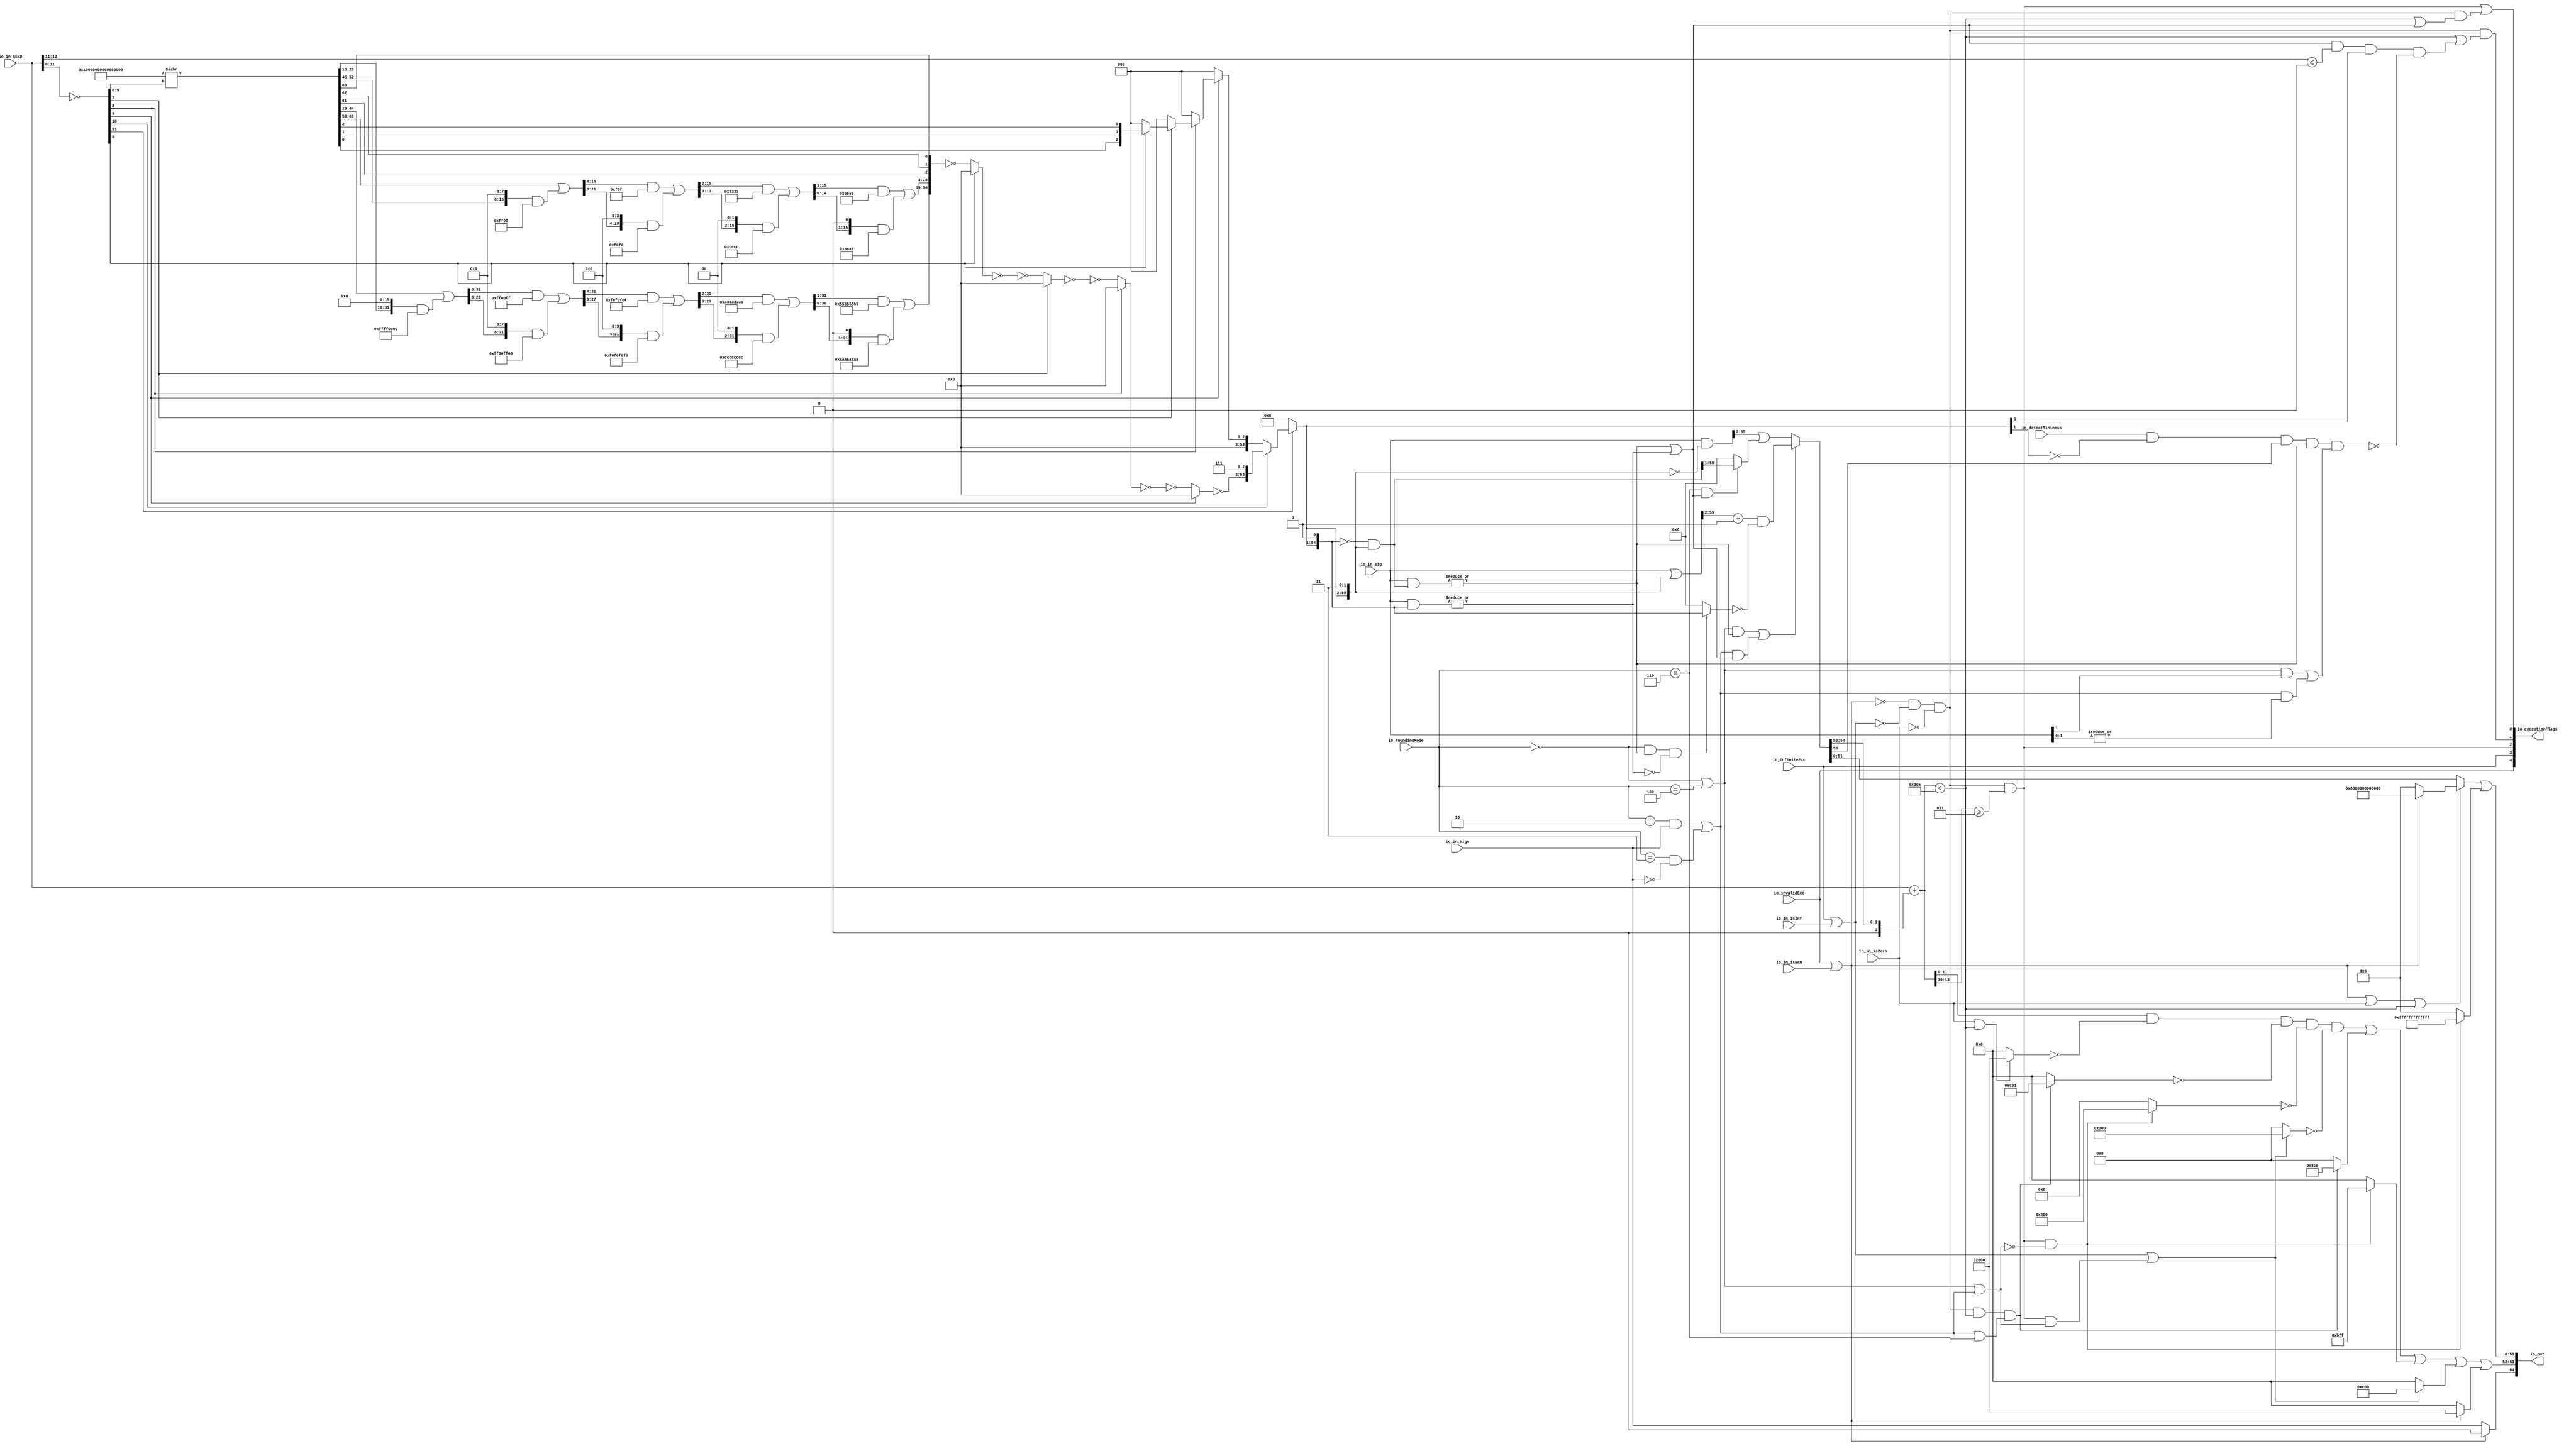
module RoundAnyRawFNToRecFN_9(
  input         io_invalidExc,
  input         io_infiniteExc,
  input         io_in_isNaN,
  input         io_in_isInf,
  input         io_in_isZero,
  input         io_in_sign,
  input  [12:0] io_in_sExp,
  input  [55:0] io_in_sig,
  input  [2:0]  io_roundingMode,
  input         io_detectTininess,
  output [64:0] io_out,
  output [4:0]  io_exceptionFlags
);
  wire  roundingMode_near_even = io_roundingMode == 3'h0; // @[RoundAnyRawFNToRecFN.scala 88:53]
  wire  roundingMode_min = io_roundingMode == 3'h2; // @[RoundAnyRawFNToRecFN.scala 90:53]
  wire  roundingMode_max = io_roundingMode == 3'h3; // @[RoundAnyRawFNToRecFN.scala 91:53]
  wire  roundingMode_near_maxMag = io_roundingMode == 3'h4; // @[RoundAnyRawFNToRecFN.scala 92:53]
  wire  roundingMode_odd = io_roundingMode == 3'h6; // @[RoundAnyRawFNToRecFN.scala 93:53]
  wire  roundMagUp = roundingMode_min & io_in_sign | roundingMode_max & ~io_in_sign; // @[RoundAnyRawFNToRecFN.scala 96:42]
  wire [11:0] _roundMask_T_1 = ~io_in_sExp[11:0]; // @[primitives.scala 51:21]
  wire  roundMask_msb = _roundMask_T_1[11]; // @[primitives.scala 57:25]
  wire [10:0] roundMask_lsbs = _roundMask_T_1[10:0]; // @[primitives.scala 58:26]
  wire  roundMask_msb_1 = roundMask_lsbs[10]; // @[primitives.scala 57:25]
  wire [9:0] roundMask_lsbs_1 = roundMask_lsbs[9:0]; // @[primitives.scala 58:26]
  wire  roundMask_msb_2 = roundMask_lsbs_1[9]; // @[primitives.scala 57:25]
  wire [8:0] roundMask_lsbs_2 = roundMask_lsbs_1[8:0]; // @[primitives.scala 58:26]
  wire  roundMask_msb_3 = roundMask_lsbs_2[8]; // @[primitives.scala 57:25]
  wire [7:0] roundMask_lsbs_3 = roundMask_lsbs_2[7:0]; // @[primitives.scala 58:26]
  wire  roundMask_msb_4 = roundMask_lsbs_3[7]; // @[primitives.scala 57:25]
  wire [6:0] roundMask_lsbs_4 = roundMask_lsbs_3[6:0]; // @[primitives.scala 58:26]
  wire  roundMask_msb_5 = roundMask_lsbs_4[6]; // @[primitives.scala 57:25]
  wire [5:0] roundMask_lsbs_5 = roundMask_lsbs_4[5:0]; // @[primitives.scala 58:26]
  wire [64:0] roundMask_shift = 65'sh10000000000000000 >>> roundMask_lsbs_5; // @[primitives.scala 77:58]
  wire [31:0] _roundMask_T_7 = {{16'd0}, roundMask_shift[44:29]}; // @[Bitwise.scala 103:31]
  wire [31:0] _roundMask_T_9 = {roundMask_shift[28:13], 16'h0}; // @[Bitwise.scala 103:65]
  wire [31:0] _roundMask_T_11 = _roundMask_T_9 & 32'hffff0000; // @[Bitwise.scala 103:75]
  wire [31:0] _roundMask_T_12 = _roundMask_T_7 | _roundMask_T_11; // @[Bitwise.scala 103:39]
  wire [31:0] _GEN_0 = {{8'd0}, _roundMask_T_12[31:8]}; // @[Bitwise.scala 103:31]
  wire [31:0] _roundMask_T_17 = _GEN_0 & 32'hff00ff; // @[Bitwise.scala 103:31]
  wire [31:0] _roundMask_T_19 = {_roundMask_T_12[23:0], 8'h0}; // @[Bitwise.scala 103:65]
  wire [31:0] _roundMask_T_21 = _roundMask_T_19 & 32'hff00ff00; // @[Bitwise.scala 103:75]
  wire [31:0] _roundMask_T_22 = _roundMask_T_17 | _roundMask_T_21; // @[Bitwise.scala 103:39]
  wire [31:0] _GEN_1 = {{4'd0}, _roundMask_T_22[31:4]}; // @[Bitwise.scala 103:31]
  wire [31:0] _roundMask_T_27 = _GEN_1 & 32'hf0f0f0f; // @[Bitwise.scala 103:31]
  wire [31:0] _roundMask_T_29 = {_roundMask_T_22[27:0], 4'h0}; // @[Bitwise.scala 103:65]
  wire [31:0] _roundMask_T_31 = _roundMask_T_29 & 32'hf0f0f0f0; // @[Bitwise.scala 103:75]
  wire [31:0] _roundMask_T_32 = _roundMask_T_27 | _roundMask_T_31; // @[Bitwise.scala 103:39]
  wire [31:0] _GEN_2 = {{2'd0}, _roundMask_T_32[31:2]}; // @[Bitwise.scala 103:31]
  wire [31:0] _roundMask_T_37 = _GEN_2 & 32'h33333333; // @[Bitwise.scala 103:31]
  wire [31:0] _roundMask_T_39 = {_roundMask_T_32[29:0], 2'h0}; // @[Bitwise.scala 103:65]
  wire [31:0] _roundMask_T_41 = _roundMask_T_39 & 32'hcccccccc; // @[Bitwise.scala 103:75]
  wire [31:0] _roundMask_T_42 = _roundMask_T_37 | _roundMask_T_41; // @[Bitwise.scala 103:39]
  wire [31:0] _GEN_3 = {{1'd0}, _roundMask_T_42[31:1]}; // @[Bitwise.scala 103:31]
  wire [31:0] _roundMask_T_47 = _GEN_3 & 32'h55555555; // @[Bitwise.scala 103:31]
  wire [31:0] _roundMask_T_49 = {_roundMask_T_42[30:0], 1'h0}; // @[Bitwise.scala 103:65]
  wire [31:0] _roundMask_T_51 = _roundMask_T_49 & 32'haaaaaaaa; // @[Bitwise.scala 103:75]
  wire [31:0] roundMask_hi = _roundMask_T_47 | _roundMask_T_51; // @[Bitwise.scala 103:39]
  wire [15:0] _roundMask_T_57 = {{8'd0}, roundMask_shift[60:53]}; // @[Bitwise.scala 103:31]
  wire [15:0] _roundMask_T_59 = {roundMask_shift[52:45], 8'h0}; // @[Bitwise.scala 103:65]
  wire [15:0] _roundMask_T_61 = _roundMask_T_59 & 16'hff00; // @[Bitwise.scala 103:75]
  wire [15:0] _roundMask_T_62 = _roundMask_T_57 | _roundMask_T_61; // @[Bitwise.scala 103:39]
  wire [15:0] _GEN_4 = {{4'd0}, _roundMask_T_62[15:4]}; // @[Bitwise.scala 103:31]
  wire [15:0] _roundMask_T_67 = _GEN_4 & 16'hf0f; // @[Bitwise.scala 103:31]
  wire [15:0] _roundMask_T_69 = {_roundMask_T_62[11:0], 4'h0}; // @[Bitwise.scala 103:65]
  wire [15:0] _roundMask_T_71 = _roundMask_T_69 & 16'hf0f0; // @[Bitwise.scala 103:75]
  wire [15:0] _roundMask_T_72 = _roundMask_T_67 | _roundMask_T_71; // @[Bitwise.scala 103:39]
  wire [15:0] _GEN_5 = {{2'd0}, _roundMask_T_72[15:2]}; // @[Bitwise.scala 103:31]
  wire [15:0] _roundMask_T_77 = _GEN_5 & 16'h3333; // @[Bitwise.scala 103:31]
  wire [15:0] _roundMask_T_79 = {_roundMask_T_72[13:0], 2'h0}; // @[Bitwise.scala 103:65]
  wire [15:0] _roundMask_T_81 = _roundMask_T_79 & 16'hcccc; // @[Bitwise.scala 103:75]
  wire [15:0] _roundMask_T_82 = _roundMask_T_77 | _roundMask_T_81; // @[Bitwise.scala 103:39]
  wire [15:0] _GEN_6 = {{1'd0}, _roundMask_T_82[15:1]}; // @[Bitwise.scala 103:31]
  wire [15:0] _roundMask_T_87 = _GEN_6 & 16'h5555; // @[Bitwise.scala 103:31]
  wire [15:0] _roundMask_T_89 = {_roundMask_T_82[14:0], 1'h0}; // @[Bitwise.scala 103:65]
  wire [15:0] _roundMask_T_91 = _roundMask_T_89 & 16'haaaa; // @[Bitwise.scala 103:75]
  wire [15:0] roundMask_hi_1 = _roundMask_T_87 | _roundMask_T_91; // @[Bitwise.scala 103:39]
  wire  roundMask_hi_2 = roundMask_shift[61]; // @[Bitwise.scala 109:18]
  wire  roundMask_lo = roundMask_shift[62]; // @[Bitwise.scala 109:44]
  wire  roundMask_lo_1 = roundMask_shift[63]; // @[Bitwise.scala 109:44]
  wire [50:0] _roundMask_T_94 = {roundMask_hi,roundMask_hi_1,roundMask_hi_2,roundMask_lo,roundMask_lo_1}; // @[Cat.scala 30:58]
  wire [50:0] _roundMask_T_95 = ~_roundMask_T_94; // @[primitives.scala 74:36]
  wire [50:0] _roundMask_T_96 = roundMask_msb_5 ? 51'h0 : _roundMask_T_95; // @[primitives.scala 74:21]
  wire [50:0] _roundMask_T_97 = ~_roundMask_T_96; // @[primitives.scala 74:17]
  wire [50:0] _roundMask_T_98 = ~_roundMask_T_97; // @[primitives.scala 74:36]
  wire [50:0] _roundMask_T_99 = roundMask_msb_4 ? 51'h0 : _roundMask_T_98; // @[primitives.scala 74:21]
  wire [50:0] _roundMask_T_100 = ~_roundMask_T_99; // @[primitives.scala 74:17]
  wire [50:0] _roundMask_T_101 = ~_roundMask_T_100; // @[primitives.scala 74:36]
  wire [50:0] _roundMask_T_102 = roundMask_msb_3 ? 51'h0 : _roundMask_T_101; // @[primitives.scala 74:21]
  wire [50:0] _roundMask_T_103 = ~_roundMask_T_102; // @[primitives.scala 74:17]
  wire [50:0] _roundMask_T_104 = ~_roundMask_T_103; // @[primitives.scala 74:36]
  wire [50:0] _roundMask_T_105 = roundMask_msb_2 ? 51'h0 : _roundMask_T_104; // @[primitives.scala 74:21]
  wire [50:0] roundMask_hi_4 = ~_roundMask_T_105; // @[primitives.scala 74:17]
  wire [53:0] _roundMask_T_106 = {roundMask_hi_4,3'h7}; // @[Cat.scala 30:58]
  wire  roundMask_hi_5 = roundMask_shift[0]; // @[Bitwise.scala 109:18]
  wire  roundMask_lo_4 = roundMask_shift[1]; // @[Bitwise.scala 109:44]
  wire  roundMask_lo_5 = roundMask_shift[2]; // @[Bitwise.scala 109:44]
  wire [2:0] _roundMask_T_109 = {roundMask_hi_5,roundMask_lo_4,roundMask_lo_5}; // @[Cat.scala 30:58]
  wire [2:0] _roundMask_T_110 = roundMask_msb_5 ? _roundMask_T_109 : 3'h0; // @[primitives.scala 61:24]
  wire [2:0] _roundMask_T_111 = roundMask_msb_4 ? _roundMask_T_110 : 3'h0; // @[primitives.scala 61:24]
  wire [2:0] _roundMask_T_112 = roundMask_msb_3 ? _roundMask_T_111 : 3'h0; // @[primitives.scala 61:24]
  wire [2:0] _roundMask_T_113 = roundMask_msb_2 ? _roundMask_T_112 : 3'h0; // @[primitives.scala 61:24]
  wire [53:0] _roundMask_T_114 = roundMask_msb_1 ? _roundMask_T_106 : {{51'd0}, _roundMask_T_113}; // @[primitives.scala 66:24]
  wire [53:0] roundMask_hi_7 = roundMask_msb ? _roundMask_T_114 : 54'h0; // @[primitives.scala 61:24]
  wire [55:0] roundMask = {roundMask_hi_7,2'h3}; // @[Cat.scala 30:58]
  wire [54:0] shiftedRoundMask_lo = roundMask[55:1]; // @[RoundAnyRawFNToRecFN.scala 160:57]
  wire [55:0] shiftedRoundMask = {1'h0,shiftedRoundMask_lo}; // @[Cat.scala 30:58]
  wire [55:0] _roundPosMask_T = ~shiftedRoundMask; // @[RoundAnyRawFNToRecFN.scala 161:28]
  wire [55:0] roundPosMask = _roundPosMask_T & roundMask; // @[RoundAnyRawFNToRecFN.scala 161:46]
  wire [55:0] _roundPosBit_T = io_in_sig & roundPosMask; // @[RoundAnyRawFNToRecFN.scala 162:40]
  wire  roundPosBit = |_roundPosBit_T; // @[RoundAnyRawFNToRecFN.scala 162:56]
  wire [55:0] _anyRoundExtra_T = io_in_sig & shiftedRoundMask; // @[RoundAnyRawFNToRecFN.scala 163:42]
  wire  anyRoundExtra = |_anyRoundExtra_T; // @[RoundAnyRawFNToRecFN.scala 163:62]
  wire  anyRound = roundPosBit | anyRoundExtra; // @[RoundAnyRawFNToRecFN.scala 164:36]
  wire  _roundIncr_T = roundingMode_near_even | roundingMode_near_maxMag; // @[RoundAnyRawFNToRecFN.scala 167:38]
  wire  _roundIncr_T_1 = (roundingMode_near_even | roundingMode_near_maxMag) & roundPosBit; // @[RoundAnyRawFNToRecFN.scala 167:67]
  wire  _roundIncr_T_2 = roundMagUp & anyRound; // @[RoundAnyRawFNToRecFN.scala 169:29]
  wire  roundIncr = _roundIncr_T_1 | _roundIncr_T_2; // @[RoundAnyRawFNToRecFN.scala 168:31]
  wire [55:0] _roundedSig_T = io_in_sig | roundMask; // @[RoundAnyRawFNToRecFN.scala 172:32]
  wire [54:0] _roundedSig_T_2 = _roundedSig_T[55:2] + 54'h1; // @[RoundAnyRawFNToRecFN.scala 172:49]
  wire  _roundedSig_T_4 = ~anyRoundExtra; // @[RoundAnyRawFNToRecFN.scala 174:30]
  wire [54:0] _roundedSig_T_7 = roundingMode_near_even & roundPosBit & _roundedSig_T_4 ? shiftedRoundMask_lo : 55'h0; // @[RoundAnyRawFNToRecFN.scala 173:25]
  wire [54:0] _roundedSig_T_8 = ~_roundedSig_T_7; // @[RoundAnyRawFNToRecFN.scala 173:21]
  wire [54:0] _roundedSig_T_9 = _roundedSig_T_2 & _roundedSig_T_8; // @[RoundAnyRawFNToRecFN.scala 172:61]
  wire [55:0] _roundedSig_T_10 = ~roundMask; // @[RoundAnyRawFNToRecFN.scala 178:32]
  wire [55:0] _roundedSig_T_11 = io_in_sig & _roundedSig_T_10; // @[RoundAnyRawFNToRecFN.scala 178:30]
  wire [54:0] _roundedSig_T_15 = roundingMode_odd & anyRound ? roundPosMask[55:1] : 55'h0; // @[RoundAnyRawFNToRecFN.scala 179:24]
  wire [54:0] _GEN_7 = {{1'd0}, _roundedSig_T_11[55:2]}; // @[RoundAnyRawFNToRecFN.scala 178:47]
  wire [54:0] _roundedSig_T_16 = _GEN_7 | _roundedSig_T_15; // @[RoundAnyRawFNToRecFN.scala 178:47]
  wire [54:0] roundedSig = roundIncr ? _roundedSig_T_9 : _roundedSig_T_16; // @[RoundAnyRawFNToRecFN.scala 171:16]
  wire [2:0] _sRoundedExp_T_1 = {1'b0,$signed(roundedSig[54:53])}; // @[RoundAnyRawFNToRecFN.scala 183:69]
  wire [12:0] _GEN_8 = {{10{_sRoundedExp_T_1[2]}},_sRoundedExp_T_1}; // @[RoundAnyRawFNToRecFN.scala 183:40]
  wire [13:0] sRoundedExp = $signed(io_in_sExp) + $signed(_GEN_8); // @[RoundAnyRawFNToRecFN.scala 183:40]
  wire [11:0] common_expOut = sRoundedExp[11:0]; // @[RoundAnyRawFNToRecFN.scala 185:37]
  wire [51:0] common_fractOut = roundedSig[51:0]; // @[RoundAnyRawFNToRecFN.scala 189:27]
  wire [3:0] _common_overflow_T = sRoundedExp[13:10]; // @[RoundAnyRawFNToRecFN.scala 194:30]
  wire  common_overflow = $signed(_common_overflow_T) >= 4'sh3; // @[RoundAnyRawFNToRecFN.scala 194:50]
  wire  common_totalUnderflow = $signed(sRoundedExp) < 14'sh3ce; // @[RoundAnyRawFNToRecFN.scala 198:31]
  wire  unboundedRange_roundPosBit = io_in_sig[1]; // @[RoundAnyRawFNToRecFN.scala 201:61]
  wire  unboundedRange_anyRound = |io_in_sig[1:0]; // @[RoundAnyRawFNToRecFN.scala 203:70]
  wire  _unboundedRange_roundIncr_T_1 = _roundIncr_T & unboundedRange_roundPosBit; // @[RoundAnyRawFNToRecFN.scala 205:67]
  wire  _unboundedRange_roundIncr_T_2 = roundMagUp & unboundedRange_anyRound; // @[RoundAnyRawFNToRecFN.scala 207:29]
  wire  unboundedRange_roundIncr = _unboundedRange_roundIncr_T_1 | _unboundedRange_roundIncr_T_2; // @[RoundAnyRawFNToRecFN.scala 206:46]
  wire  roundCarry = roundedSig[53]; // @[RoundAnyRawFNToRecFN.scala 211:27]
  wire [1:0] _common_underflow_T = io_in_sExp[12:11]; // @[RoundAnyRawFNToRecFN.scala 218:48]
  wire  _common_underflow_T_6 = anyRound & $signed(_common_underflow_T) <= 2'sh0 & roundMask[2]; // @[RoundAnyRawFNToRecFN.scala 218:74]
  wire  _common_underflow_T_11 = ~roundMask[3]; // @[RoundAnyRawFNToRecFN.scala 221:34]
  wire  _common_underflow_T_12 = io_detectTininess & _common_underflow_T_11; // @[RoundAnyRawFNToRecFN.scala 220:77]
  wire  _common_underflow_T_13 = _common_underflow_T_12 & roundCarry; // @[RoundAnyRawFNToRecFN.scala 224:38]
  wire  _common_underflow_T_15 = _common_underflow_T_13 & roundPosBit & unboundedRange_roundIncr; // @[RoundAnyRawFNToRecFN.scala 225:60]
  wire  _common_underflow_T_16 = ~_common_underflow_T_15; // @[RoundAnyRawFNToRecFN.scala 220:27]
  wire  _common_underflow_T_17 = _common_underflow_T_6 & _common_underflow_T_16; // @[RoundAnyRawFNToRecFN.scala 219:76]
  wire  common_underflow = common_totalUnderflow | _common_underflow_T_17; // @[RoundAnyRawFNToRecFN.scala 215:40]
  wire  common_inexact = common_totalUnderflow | anyRound; // @[RoundAnyRawFNToRecFN.scala 228:49]
  wire  isNaNOut = io_invalidExc | io_in_isNaN; // @[RoundAnyRawFNToRecFN.scala 233:34]
  wire  notNaN_isSpecialInfOut = io_infiniteExc | io_in_isInf; // @[RoundAnyRawFNToRecFN.scala 234:49]
  wire  commonCase = ~isNaNOut & ~notNaN_isSpecialInfOut & ~io_in_isZero; // @[RoundAnyRawFNToRecFN.scala 235:61]
  wire  overflow = commonCase & common_overflow; // @[RoundAnyRawFNToRecFN.scala 236:32]
  wire  underflow = commonCase & common_underflow; // @[RoundAnyRawFNToRecFN.scala 237:32]
  wire  inexact = overflow | commonCase & common_inexact; // @[RoundAnyRawFNToRecFN.scala 238:28]
  wire  overflow_roundMagUp = _roundIncr_T | roundMagUp; // @[RoundAnyRawFNToRecFN.scala 241:60]
  wire  pegMinNonzeroMagOut = commonCase & common_totalUnderflow & (roundMagUp | roundingMode_odd); // @[RoundAnyRawFNToRecFN.scala 243:45]
  wire  pegMaxFiniteMagOut = overflow & ~overflow_roundMagUp; // @[RoundAnyRawFNToRecFN.scala 244:39]
  wire  notNaN_isInfOut = notNaN_isSpecialInfOut | overflow & overflow_roundMagUp; // @[RoundAnyRawFNToRecFN.scala 246:32]
  wire  signOut = isNaNOut ? 1'h0 : io_in_sign; // @[RoundAnyRawFNToRecFN.scala 248:22]
  wire [11:0] _expOut_T_1 = io_in_isZero | common_totalUnderflow ? 12'he00 : 12'h0; // @[RoundAnyRawFNToRecFN.scala 251:18]
  wire [11:0] _expOut_T_2 = ~_expOut_T_1; // @[RoundAnyRawFNToRecFN.scala 251:14]
  wire [11:0] _expOut_T_3 = common_expOut & _expOut_T_2; // @[RoundAnyRawFNToRecFN.scala 250:24]
  wire [11:0] _expOut_T_5 = pegMinNonzeroMagOut ? 12'hc31 : 12'h0; // @[RoundAnyRawFNToRecFN.scala 255:18]
  wire [11:0] _expOut_T_6 = ~_expOut_T_5; // @[RoundAnyRawFNToRecFN.scala 255:14]
  wire [11:0] _expOut_T_7 = _expOut_T_3 & _expOut_T_6; // @[RoundAnyRawFNToRecFN.scala 254:17]
  wire [11:0] _expOut_T_8 = pegMaxFiniteMagOut ? 12'h400 : 12'h0; // @[RoundAnyRawFNToRecFN.scala 259:18]
  wire [11:0] _expOut_T_9 = ~_expOut_T_8; // @[RoundAnyRawFNToRecFN.scala 259:14]
  wire [11:0] _expOut_T_10 = _expOut_T_7 & _expOut_T_9; // @[RoundAnyRawFNToRecFN.scala 258:17]
  wire [11:0] _expOut_T_11 = notNaN_isInfOut ? 12'h200 : 12'h0; // @[RoundAnyRawFNToRecFN.scala 263:18]
  wire [11:0] _expOut_T_12 = ~_expOut_T_11; // @[RoundAnyRawFNToRecFN.scala 263:14]
  wire [11:0] _expOut_T_13 = _expOut_T_10 & _expOut_T_12; // @[RoundAnyRawFNToRecFN.scala 262:17]
  wire [11:0] _expOut_T_14 = pegMinNonzeroMagOut ? 12'h3ce : 12'h0; // @[RoundAnyRawFNToRecFN.scala 267:16]
  wire [11:0] _expOut_T_15 = _expOut_T_13 | _expOut_T_14; // @[RoundAnyRawFNToRecFN.scala 266:18]
  wire [11:0] _expOut_T_16 = pegMaxFiniteMagOut ? 12'hbff : 12'h0; // @[RoundAnyRawFNToRecFN.scala 271:16]
  wire [11:0] _expOut_T_17 = _expOut_T_15 | _expOut_T_16; // @[RoundAnyRawFNToRecFN.scala 270:15]
  wire [11:0] _expOut_T_18 = notNaN_isInfOut ? 12'hc00 : 12'h0; // @[RoundAnyRawFNToRecFN.scala 275:16]
  wire [11:0] _expOut_T_19 = _expOut_T_17 | _expOut_T_18; // @[RoundAnyRawFNToRecFN.scala 274:15]
  wire [11:0] _expOut_T_20 = isNaNOut ? 12'he00 : 12'h0; // @[RoundAnyRawFNToRecFN.scala 276:16]
  wire [11:0] expOut = _expOut_T_19 | _expOut_T_20; // @[RoundAnyRawFNToRecFN.scala 275:77]
  wire [51:0] _fractOut_T_2 = isNaNOut ? 52'h8000000000000 : 52'h0; // @[RoundAnyRawFNToRecFN.scala 279:16]
  wire [51:0] _fractOut_T_3 = isNaNOut | io_in_isZero | common_totalUnderflow ? _fractOut_T_2 : common_fractOut; // @[RoundAnyRawFNToRecFN.scala 278:12]
  wire [51:0] _fractOut_T_5 = pegMaxFiniteMagOut ? 52'hfffffffffffff : 52'h0; // @[Bitwise.scala 72:12]
  wire [51:0] fractOut = _fractOut_T_3 | _fractOut_T_5; // @[RoundAnyRawFNToRecFN.scala 281:11]
  wire [12:0] io_out_hi = {signOut,expOut}; // @[Cat.scala 30:58]
  wire [1:0] io_exceptionFlags_lo = {underflow,inexact}; // @[Cat.scala 30:58]
  wire [2:0] io_exceptionFlags_hi = {io_invalidExc,io_infiniteExc,overflow}; // @[Cat.scala 30:58]
  assign io_out = {io_out_hi,fractOut}; // @[Cat.scala 30:58]
  assign io_exceptionFlags = {io_exceptionFlags_hi,io_exceptionFlags_lo}; // @[Cat.scala 30:58]
endmodule